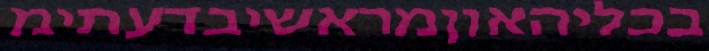
בכליהאוןמראשיבדעתימ